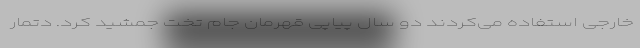
خارجی استفاده می‌کردند دو سال پیاپی قهرمان جام تخت‌ جمشید کرد. دتمار